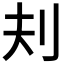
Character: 𪞾